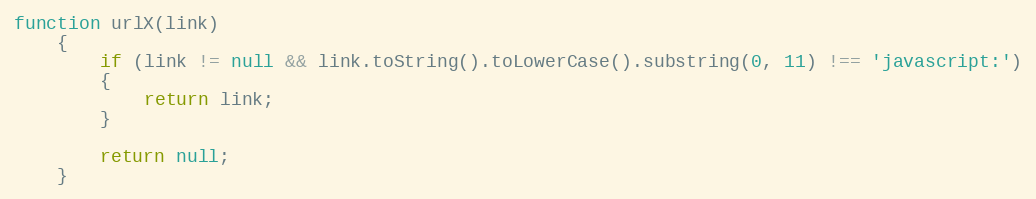
Language: JavaScript
function urlX(link)
	{
		if (link != null && link.toString().toLowerCase().substring(0, 11) !== 'javascript:')
		{
			return link;
		}

		return null;
	}